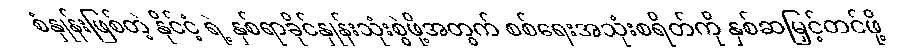
စံနှုန်းဖြစ်တဲ့ နိုင်ငံ့ ရဲ့ နှစ်ရာခိုင်နှုန်းသုံးစွဲဖို့အတွက် စစ်ရေးအသုံးစရိတ်ကို နှစ်ဆမြှင့်တင်ဖို့